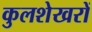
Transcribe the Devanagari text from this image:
कुलशेखरों